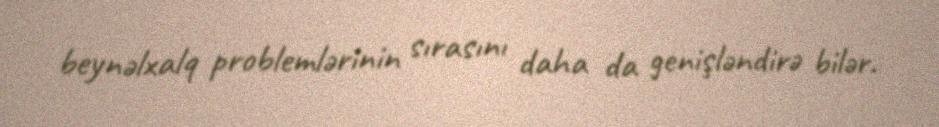
beynəlxalq problemlərinin sırasını daha da genişləndirə bilər.